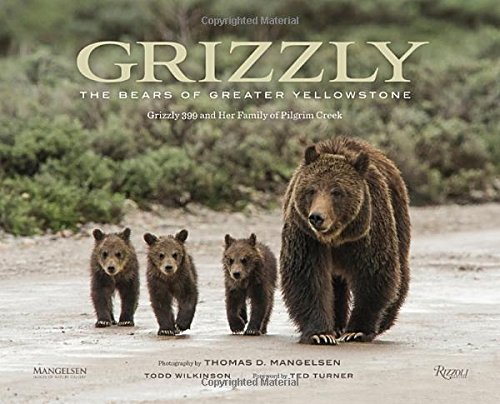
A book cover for Grizzly: The Bears of Greater Yellowstone; Todd Wilkinson; Arts & Photography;